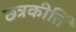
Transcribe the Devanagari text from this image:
छत्रकीर्ति